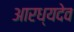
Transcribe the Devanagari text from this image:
आरध्यदेव